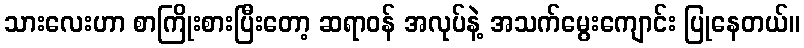
သားလေးဟာ စာကြိုးစားပြီးတော့ ဆရာဝန် အလုပ်နဲ့ အသက်မွေးကျောင်း ပြုနေတယ်။